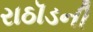
રાઠૉડની